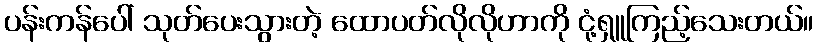
ပန်းကန်ပေါ် သုတ်ပေးသွားတဲ့ ထောပတ်လိုလိုဟာကို ငုံ့ရှူကြည့်သေးတယ်။